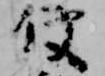
使